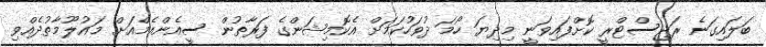
ބަލައިގަނެ ރަޖިސްޓްރީ ކޮށްފައިވަނީ މިދިޔަ ހޯމަ ދުވަހުކަމަށް އެކޮމިޝަންގެ ފަރާތުން ސީއެންއެމްއަށް މައުލޫމާތުދެއްވި